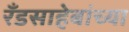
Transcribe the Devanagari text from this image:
रँडसाहेबांच्या